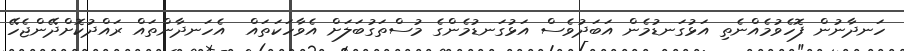
ހަނދާނުން ފޮހެވުމެއްނެތި އަޅުގަނޑުމެން އަބަދުވެސް އަޅުގަނޑުމެންގެ މުސްތަގުބަލަށް އެވާހަކަތައް  އެހަނދާންތައް ރައްދުކޮށްދޭންޖެހޭ